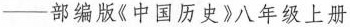
─部编版《中国历史》八年级上册